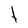
Character: t